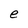
Character: e